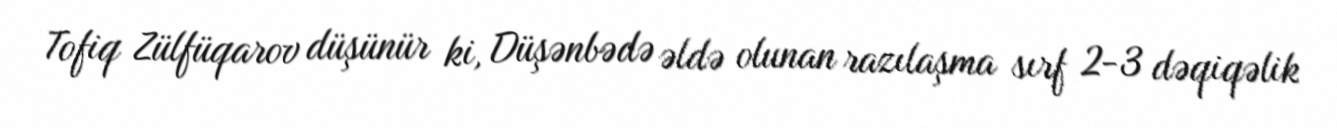
Tofiq Zülfüqarov düşünür ki, Düşənbədə əldə olunan razılaşma sırf 2-3 dəqiqəlik